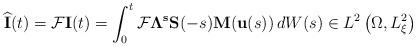
LaTeX: \begin{align*} \widehat{\mathbf I}(t) = \mathcal F \mathbf I(t) = \int_0^t \mathcal F \mathbf\Lambda^{\mathbf s} \mathbf S(-s) \mathbf M(\mathbf u(s)) \, dW(s) \in L^2\left(\Omega,L^2_\xi \right)\end{align*}